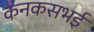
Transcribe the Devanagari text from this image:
कनकसभई